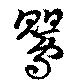
鶯